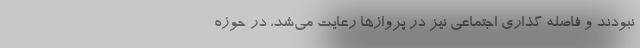
نبودند و فاصله گذاری اجتماعی نیز در پروازها رعایت می‌شد، در حوزه